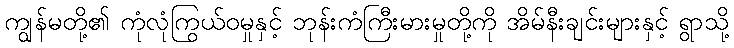
ကျွန်မတို့၏ ကုံလုံကြွယ်ဝမှုနှင့် ဘုန်းကံကြီးမားမှုတို့ကို အိမ်နီးချင်းများနှင့် ရွာသို့